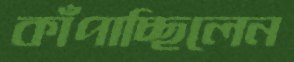
কাঁপাচ্ছিলেন